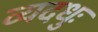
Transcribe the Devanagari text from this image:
व्यदधुः